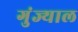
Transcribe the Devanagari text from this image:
गुंज्याल